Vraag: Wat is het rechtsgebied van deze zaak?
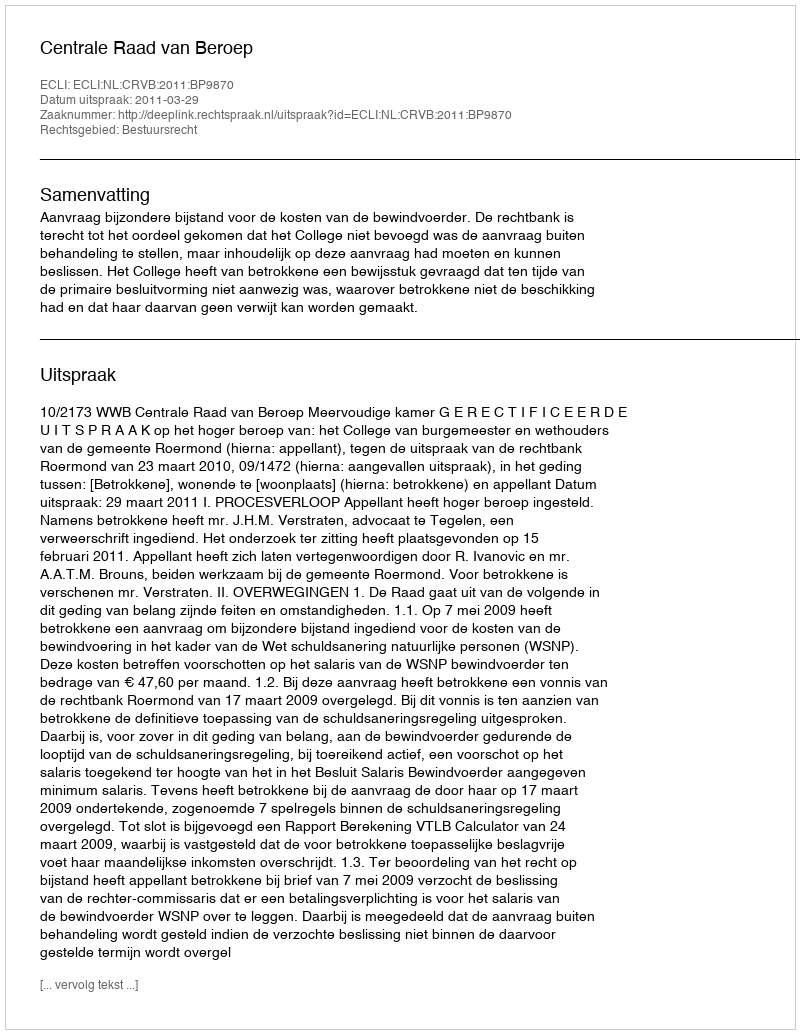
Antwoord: Bestuursrecht